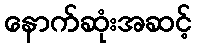
နောက်ဆုံးအဆင့်